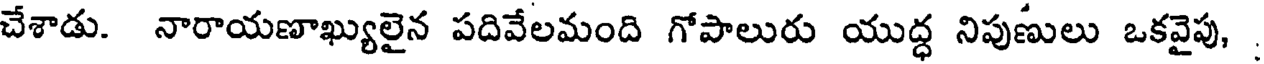
చేశాడు. నారాయణాఖ్యులైన పదివేలమంది గోపాలురు యుద్ధ నిపుణులు ఒకవైపు,